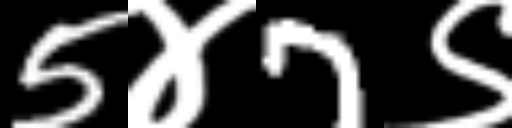
Text: 5४7९